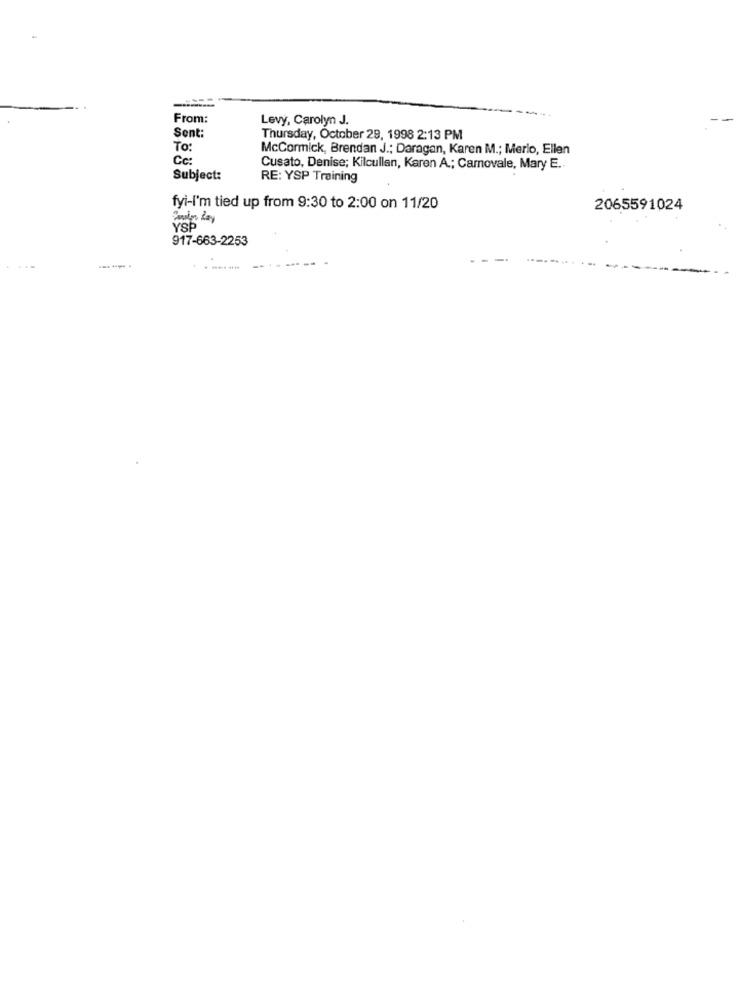
From:
Levy, Carolyn J.
Sent:
Thursday, October 29, 1998 2:13 PM
To
McCormick, Brendan J .; Daragan, Karen M .; Merio, Ellen
Cc:
Cusato, Denise; Kilcullen, Karen A .; Carnovale, Mary E ..
Subject:
RE: YSP Training
fyi-I'm tied up from 9:30 to 2:00 on 11/20
2065591024
YSP
917-663-2253